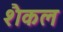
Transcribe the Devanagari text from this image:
शैकल